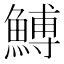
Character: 𩹲